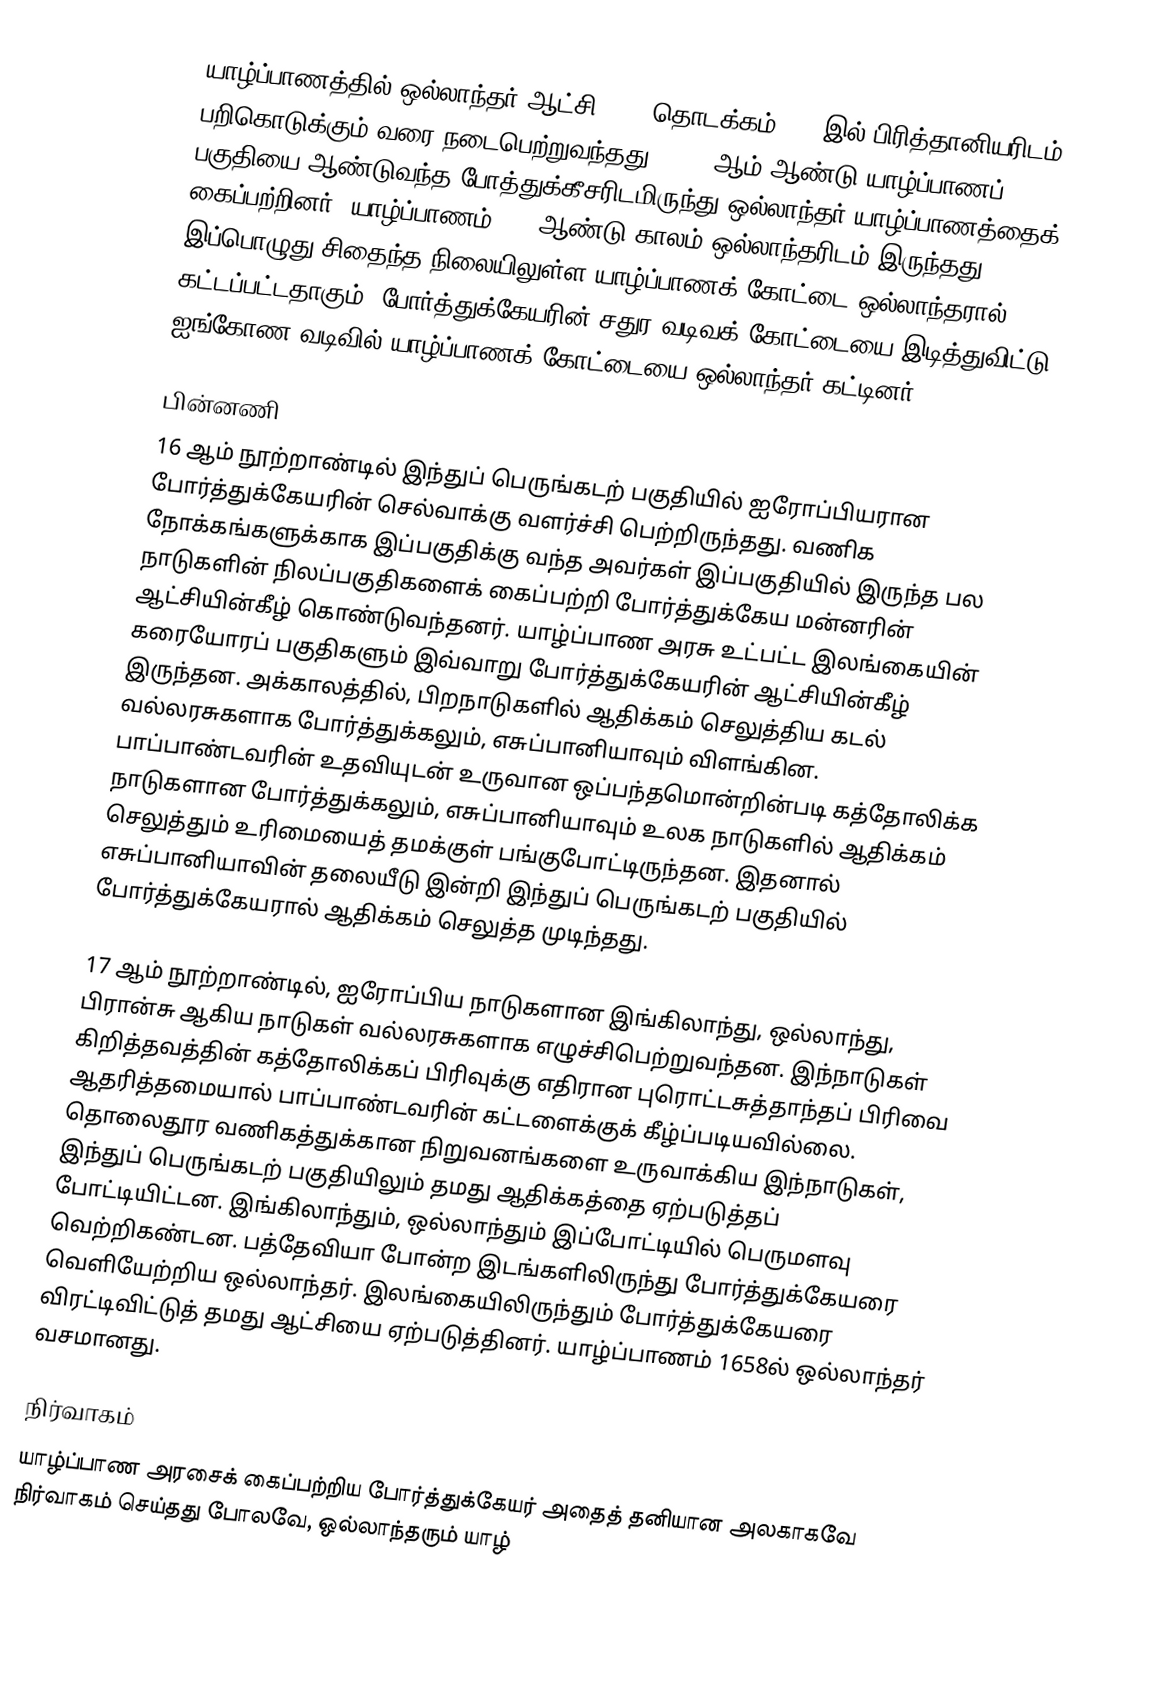
யாழ்ப்பாணத்தில் ஒல்லாந்தர் ஆட்சி 1658 தொடக்கம் 1796இல் பிரித்தானியரிடம் பறிகொடுக்கும் வரை நடைபெற்றுவந்தது. 1658 ஆம் ஆண்டு யாழ்ப்பாணப் பகுதியை ஆண்டுவந்த போத்துக்கீசரிடமிருந்து ஒல்லாந்தர் யாழ்ப்பாணத்தைக் கைப்பற்றினர். யாழ்ப்பாணம் 138 ஆண்டு காலம் ஒல்லாந்தரிடம் இருந்தது. இப்பொழுது சிதைந்த நிலையிலுள்ள யாழ்ப்பாணக் கோட்டை ஒல்லாந்தரால் கட்டப்பட்டதாகும். போர்த்துக்கேயரின் சதுர வடிவக் கோட்டையை இடித்துவிட்டு ஐங்கோண வடிவில் யாழ்ப்பாணக் கோட்டையை ஒல்லாந்தர் கட்டினர்.

பின்னணி
16 ஆம் நூற்றாண்டில் இந்துப் பெருங்கடற் பகுதியில் ஐரோப்பியரான போர்த்துக்கேயரின் செல்வாக்கு வளர்ச்சி பெற்றிருந்தது. வணிக நோக்கங்களுக்காக இப்பகுதிக்கு வந்த அவர்கள் இப்பகுதியில் இருந்த பல நாடுகளின் நிலப்பகுதிகளைக் கைப்பற்றி போர்த்துக்கேய மன்னரின் ஆட்சியின்கீழ் கொண்டுவந்தனர். யாழ்ப்பாண அரசு உட்பட்ட இலங்கையின் கரையோரப் பகுதிகளும் இவ்வாறு போர்த்துக்கேயரின் ஆட்சியின்கீழ் இருந்தன. அக்காலத்தில், பிறநாடுகளில் ஆதிக்கம் செலுத்திய கடல் வல்லரசுகளாக போர்த்துக்கலும், எசுப்பானியாவும் விளங்கின. பாப்பாண்டவரின் உதவியுடன் உருவான ஒப்பந்தமொன்றின்படி கத்தோலிக்க நாடுகளான போர்த்துக்கலும், எசுப்பானியாவும் உலக நாடுகளில் ஆதிக்கம் செலுத்தும் உரிமையைத் தமக்குள் பங்குபோட்டிருந்தன. இதனால் எசுப்பானியாவின் தலையீடு இன்றி இந்துப் பெருங்கடற் பகுதியில் போர்த்துக்கேயரால் ஆதிக்கம் செலுத்த முடிந்தது.

17 ஆம் நூற்றாண்டில், ஐரோப்பிய நாடுகளான இங்கிலாந்து, ஒல்லாந்து, பிரான்சு ஆகிய நாடுகள் வல்லரசுகளாக எழுச்சிபெற்றுவந்தன. இந்நாடுகள் கிறித்தவத்தின் கத்தோலிக்கப் பிரிவுக்கு எதிரான புரொட்டசுத்தாந்தப் பிரிவை ஆதரித்தமையால் பாப்பாண்டவரின் கட்டளைக்குக் கீழ்ப்படியவில்லை. தொலைதூர வணிகத்துக்கான நிறுவனங்களை உருவாக்கிய இந்நாடுகள், இந்துப் பெருங்கடற் பகுதியிலும் தமது ஆதிக்கத்தை ஏற்படுத்தப் போட்டியிட்டன. இங்கிலாந்தும், ஒல்லாந்தும் இப்போட்டியில் பெருமளவு வெற்றிகண்டன. பத்தேவியா போன்ற இடங்களிலிருந்து போர்த்துக்கேயரை வெளியேற்றிய ஒல்லாந்தர். இலங்கையிலிருந்தும் போர்த்துக்கேயரை விரட்டிவிட்டுத் தமது ஆட்சியை ஏற்படுத்தினர். யாழ்ப்பாணம் 1658ல்  ஒல்லாந்தர் வசமானது.

நிர்வாகம்
யாழ்ப்பாண அரசைக் கைப்பற்றிய போர்த்துக்கேயர் அதைத் தனியான அலகாகவே நிர்வாகம் செய்தது போலவே, ஒல்லாந்தரும் யாழ்